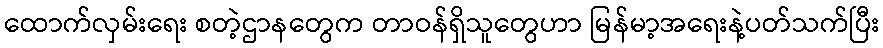
ထောက်လှမ်းရေး စတဲ့ဌာနတွေက တာဝန်ရှိသူတွေဟာ မြန်မာ့အရေးနဲ့ပတ်သက်ပြီး